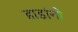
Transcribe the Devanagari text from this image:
हाडांनी